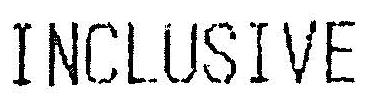
INCLUSIVE